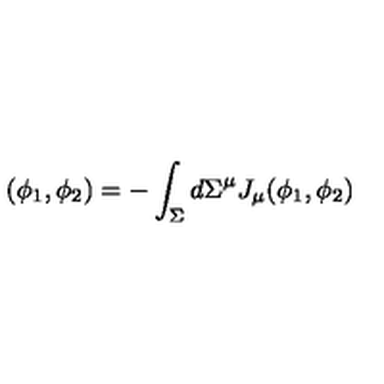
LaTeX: ( \phi _ { 1 } , \phi _ { 2 } ) = - \int _ { \Sigma } d \Sigma ^ { \mu } J _ { \mu } ( \phi _ { 1 } , \phi _ { 2 } )